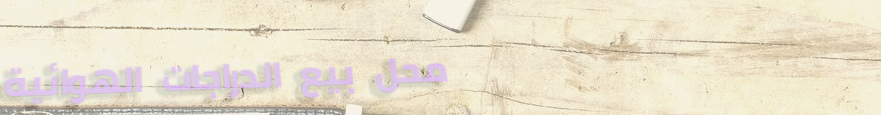
محل بيع الدراجات الهوائية